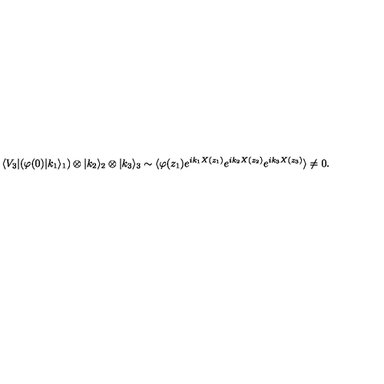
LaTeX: \langle V _ { 3 } | ( \varphi ( 0 ) | k _ { 1 } \rangle _ { 1 } ) \otimes | k _ { 2 } \rangle _ { 2 } \otimes | k _ { 3 } \rangle _ { 3 } \sim \langle \varphi ( z _ { 1 } ) e ^ { i k _ { 1 } X ( z _ { 1 } ) } e ^ { i k _ { 2 } X ( z _ { 2 } ) } e ^ { i k _ { 3 } X ( z _ { 3 } ) } \rangle \neq 0 .